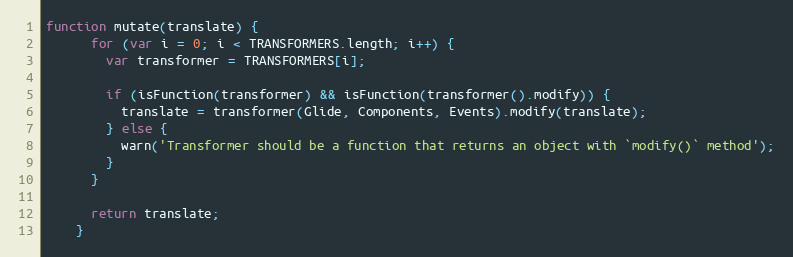
Language: JavaScript
function mutate(translate) {
      for (var i = 0; i < TRANSFORMERS.length; i++) {
        var transformer = TRANSFORMERS[i];

        if (isFunction(transformer) && isFunction(transformer().modify)) {
          translate = transformer(Glide, Components, Events).modify(translate);
        } else {
          warn('Transformer should be a function that returns an object with `modify()` method');
        }
      }

      return translate;
    }